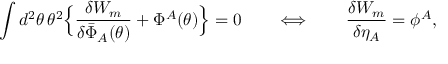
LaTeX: \int d ^ { 2 } \theta \, \theta ^ { 2 } \Bigr \{ \frac { \delta W _ { m } } { \delta \bar { \Phi } _ { A } ( \theta ) } + \Phi ^ { A } ( \theta ) \Bigr \} = 0 \qquad \Longleftrightarrow \qquad \frac { \delta W _ { m } } { \delta \eta _ { A } } = \phi ^ { A } ,